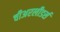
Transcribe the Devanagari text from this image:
चीअरलीडर्स